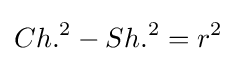
Ch.^{2}-Sh.^{2}=r^{2}